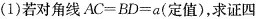
(1)若对角线$$AC=BD=a$$(定值)，求证四